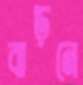
বাড়নে